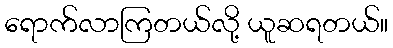
ရောက်လာကြတယ်လို့ ယူဆရတယ်။